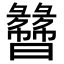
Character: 𬁯